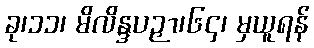
ခု၊၁၁၊ မိလိန္ဒပဉှာ၊၆၄၊ မှယူရန်